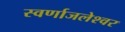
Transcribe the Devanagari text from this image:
स्वर्णाजलेश्वर